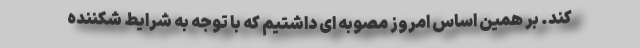
کند. بر همین اساس امروز مصوبه ای داشتیم که با توجه به شرایط شکننده